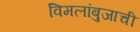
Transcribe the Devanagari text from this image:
विमलांबुजाची